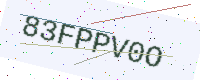
Text: 83FPPV0O